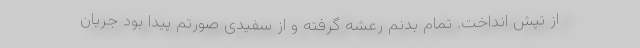
از تپش انداخت. تمام بدنم رعشه گرفته و از سفیدی صورتم پیدا بود جریان